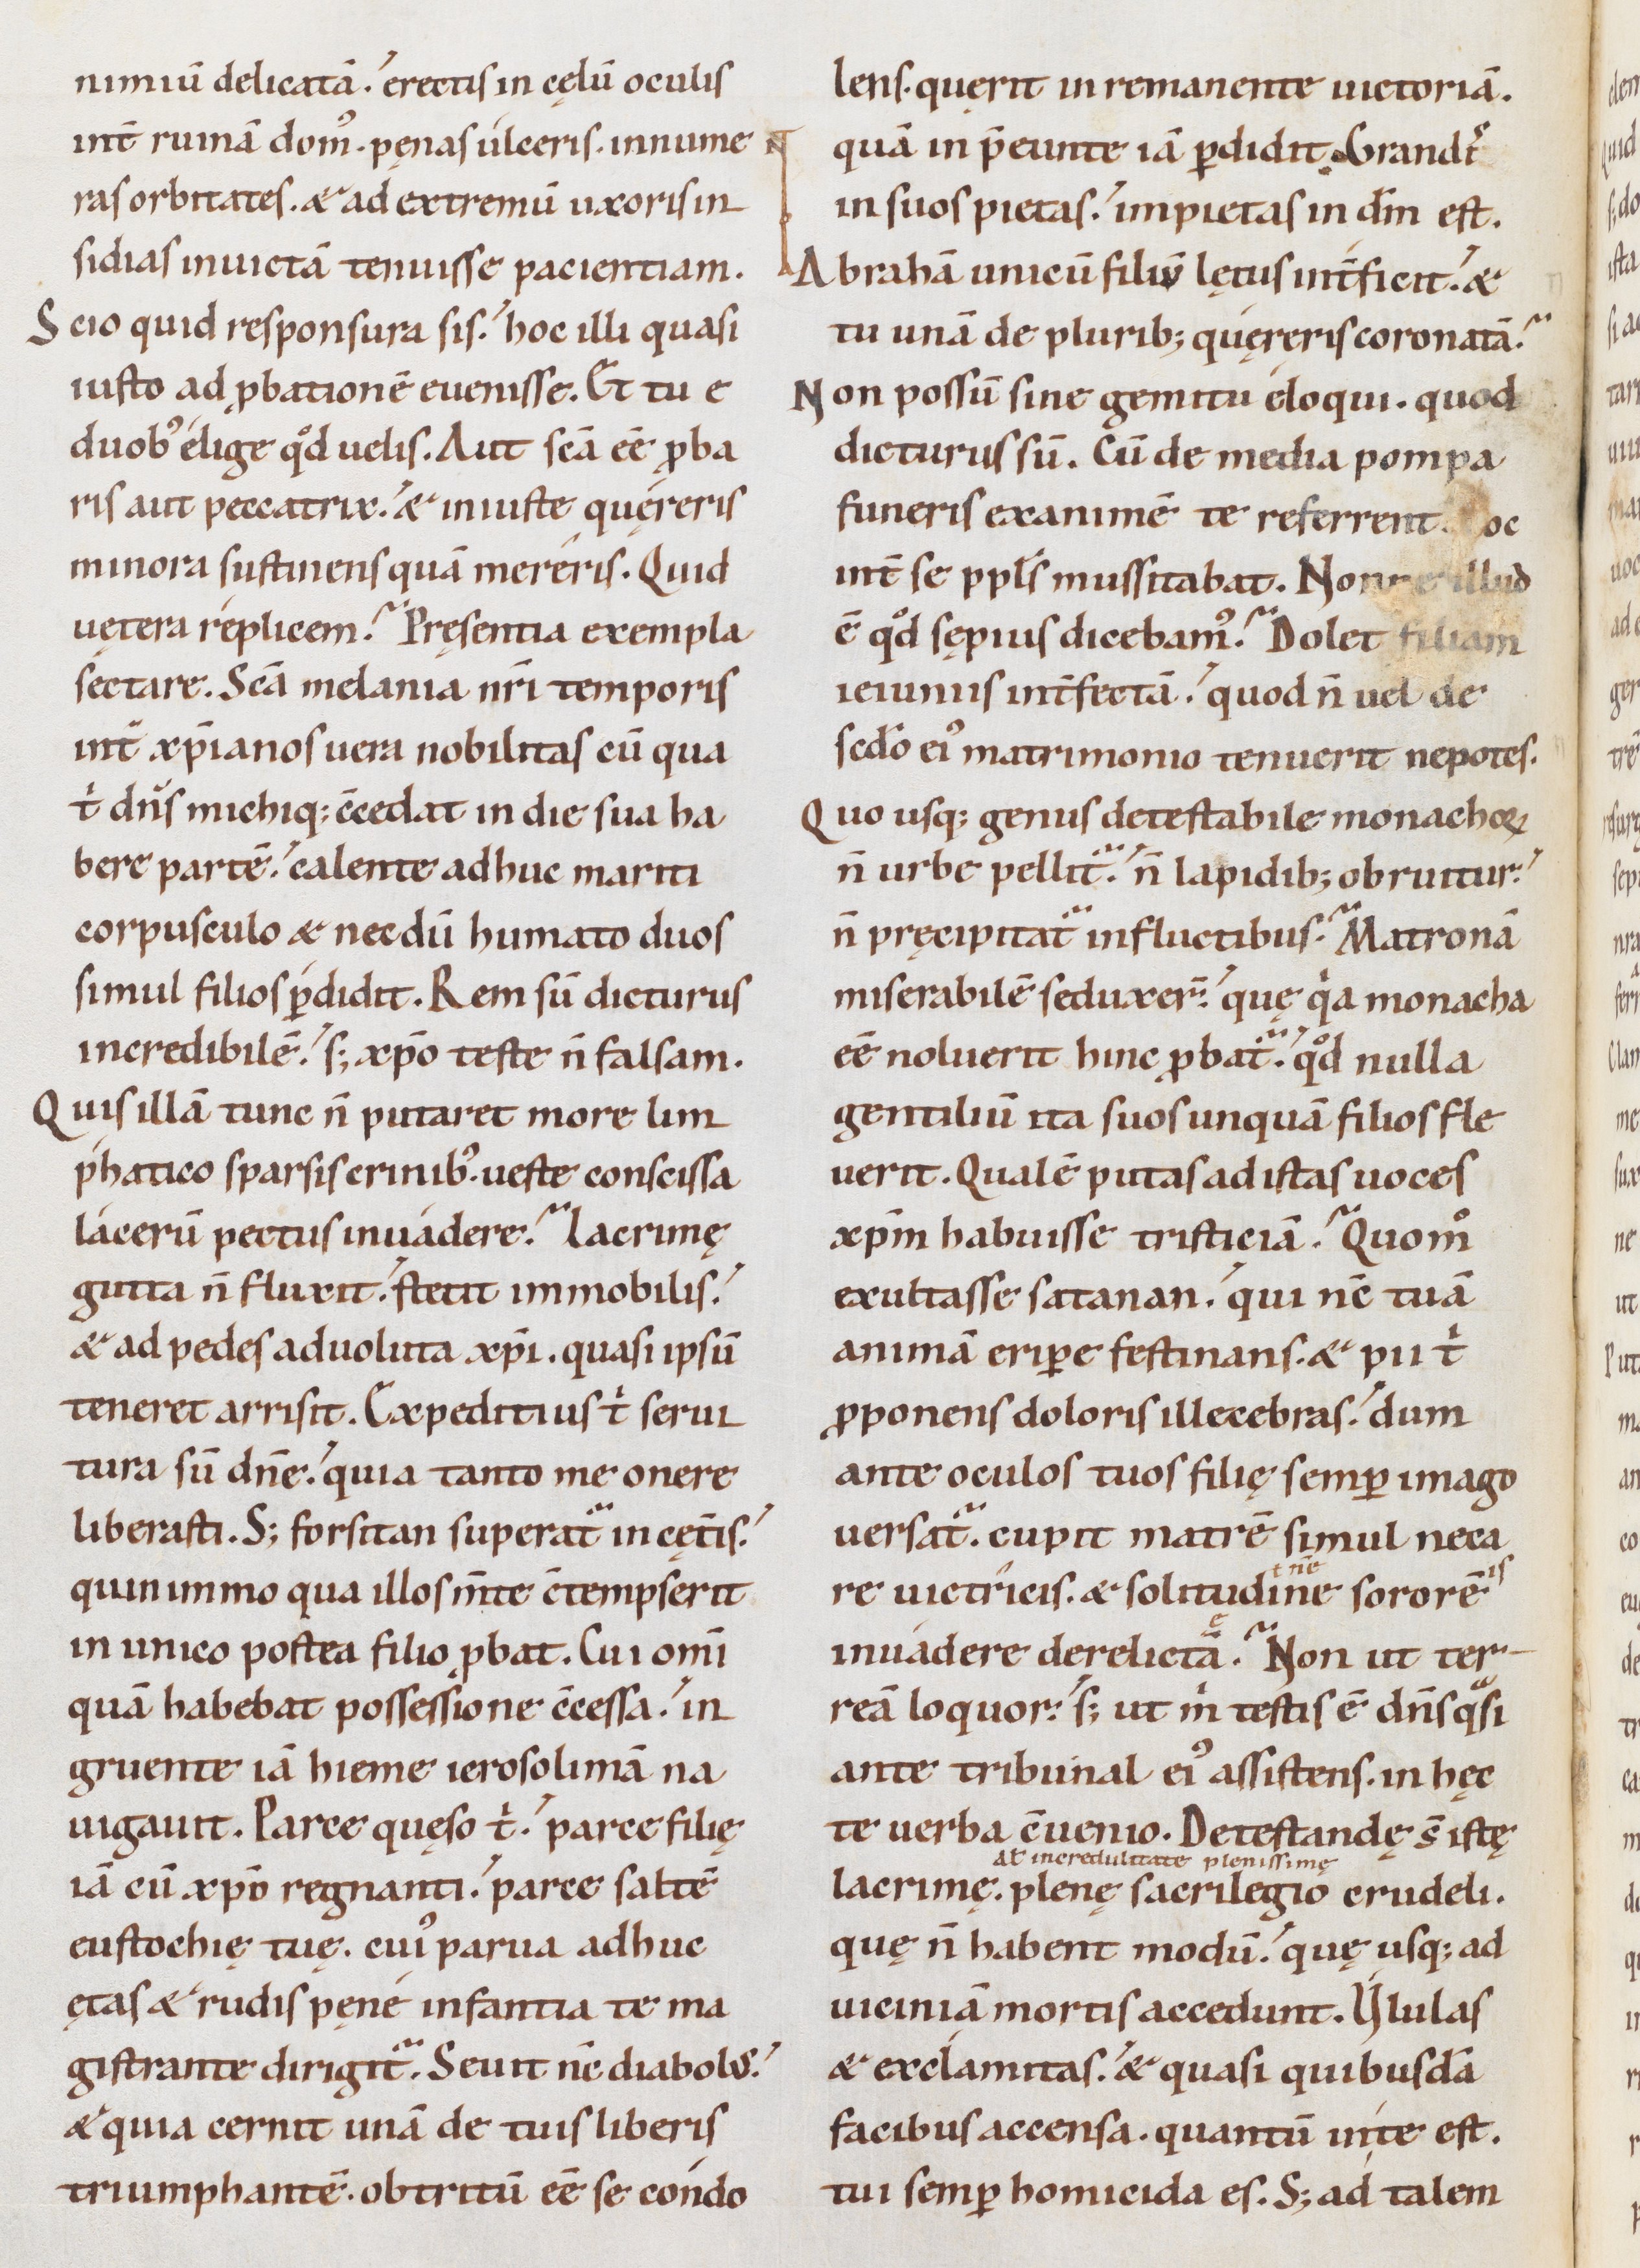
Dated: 1085–1115